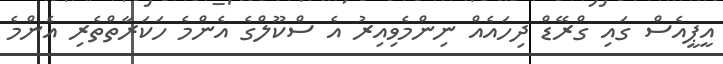
އީޕީއެސް ގައި ގްރޭޑް ދިހައެއް ނިންމެވިއިރު އެ ސްކޫލްގެ އެންމެ ހަކަރާތްތެރި އެންމެ